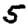
Digit: 5